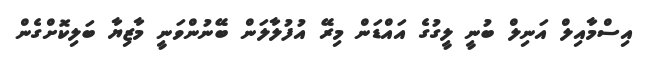
އިސްމާއިލް އަނިލް ބުނީ ލީގުގެ އައްޑަން މިރޭ އުފުލާލަން ބޭނުންވަނީ މާޒިޔާ ބަލިކޮށްގެން